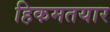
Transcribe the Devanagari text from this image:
हिकमतयार